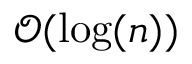
\mathcal { O } ( \log ( n ) )